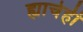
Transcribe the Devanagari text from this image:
ह्याचेही